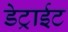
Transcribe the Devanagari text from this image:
डेट्राईट